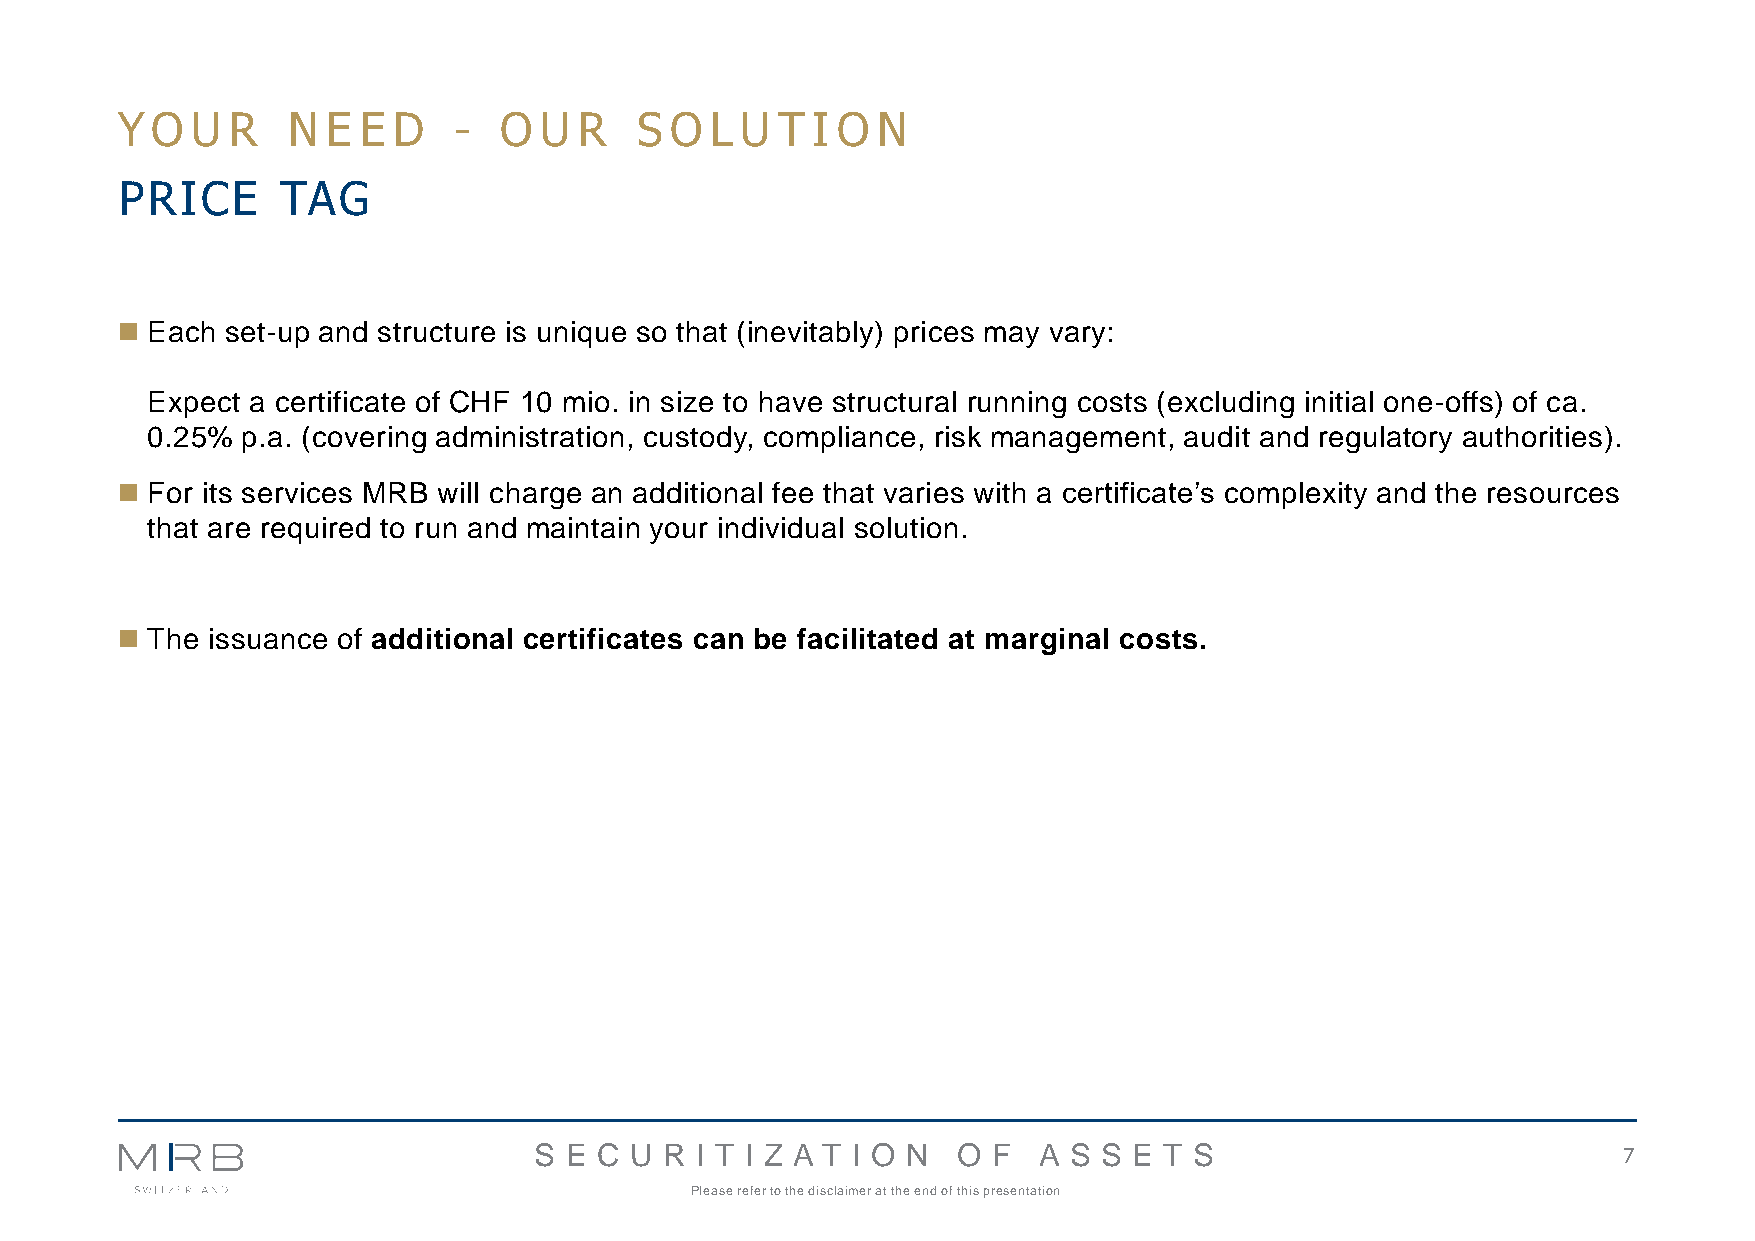
Y O  U R   N  E E D   -  O  U R   S O  L U T  I O N
 PRICE      TAG
 ◼ Each set-up and structure is unique so that (inevitably) prices may vary:
 Expect a certificate of CHF 10 mio. in size to have structural running costs (excluding initial one-offs) of ca.
 0.25% p.a. (covering administration, custody, compliance, risk management, audit and regulatory authorities).
 ◼ For its services MRB will charge an additional fee that varies with a certificate’s complexity and the resources
 that are required to run and maintain your individual solution.
 ◼ The issuance of additional certificates can be facilitated at marginal costs.
 S E C  U R I T I Z A T I O N O F  A S S E T S                           7
 Please refer to the disclaimer at the end of this presentation